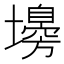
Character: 𡒳